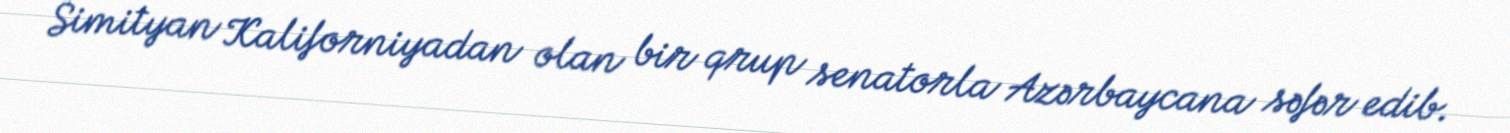
Simityan Kaliforniyadan olan bir qrup senatorla Azərbaycana səfər edib.